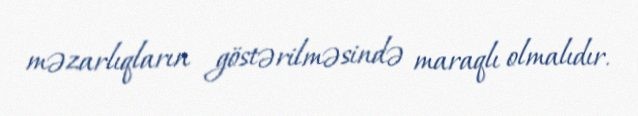
məzarlıqların göstərilməsində maraqlı olmalıdır.